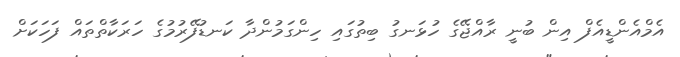
އެމްއެންޑީއެފް އިން ބުނީ ރާއްޖޭގެ ހުޅަނގު ބިތުގައި ހިންގަމުންދާ ކަނޑުފޭރުމުގެ ހަރަކާތްތައް ފަހަކަށް